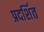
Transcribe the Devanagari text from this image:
प्रदर्शित